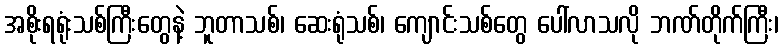
အစိုးရရုံးသစ်ကြီးတွေနဲ့ ဘူတာသစ်၊ ဆေးရုံသစ်၊ ကျောင်းသစ်တွေ ပေါ်လာသလို ဘဏ်တိုက်ကြီး၊